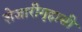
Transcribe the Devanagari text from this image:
शेजारीगृहासी